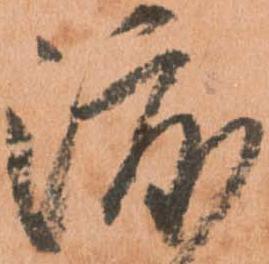
渡